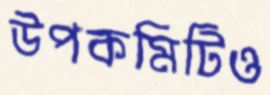
উপকমিটিও